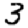
Digit: 3